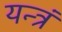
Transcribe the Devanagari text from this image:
यन्त्रं